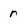
Character: r